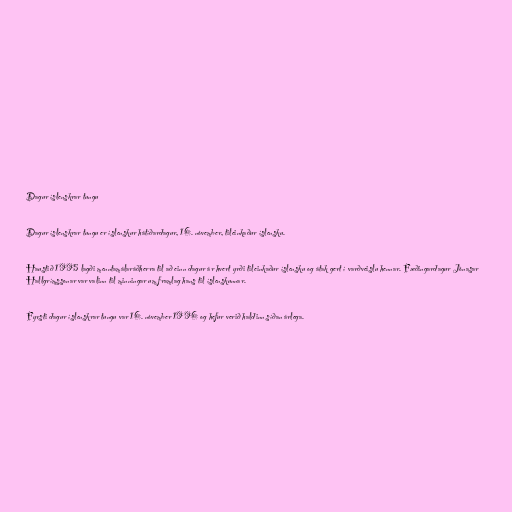
Dagur íslenskrar tungu

Dagur íslenskrar tungu er íslenskur hátíðardagur, 16. nóvember, tileinkaður íslensku.

Haustið 1995 lagði menntamálaráðherra til að einn dagur ár hvert yrði tileinkaður íslensku og átak gert í varðveislu hennar. Fæðingardagur Jónasar
Hallgrímssonar var valinn til minningar um framlag hans til íslenskunnar.

Fyrsti dagur íslenskrar tungu var 16. nóvember 1996 og hefur verið haldinn síðan árlega.